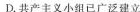
D.共产主义小组已广泛建立